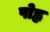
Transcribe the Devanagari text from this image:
पोह्ल